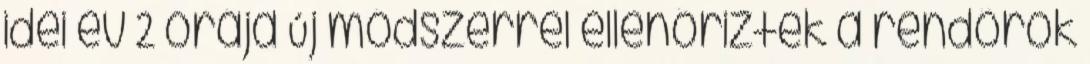
idei év 2 órája Új módszerrel ellenőriztek a rendőrök